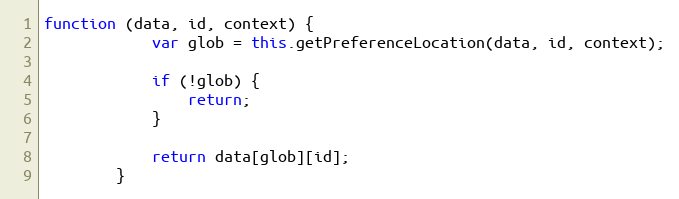
Language: JavaScript
function (data, id, context) {
            var glob = this.getPreferenceLocation(data, id, context);

            if (!glob) {
                return;
            }

            return data[glob][id];
        }